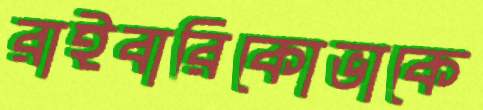
রাইবারিকোভাকে